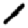
Digit: 1